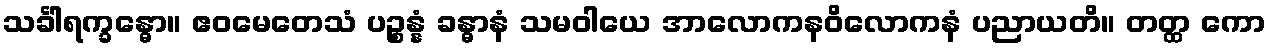
သင်္ခါရက္ခန္ဓော။ ဧဝမေတေသံ ပဉ္စန္နံ ခန္ဓာနံ သမဝါယေ အာလောကနဝိလောကနံ ပညာယတိ။ တတ္ထ ကော